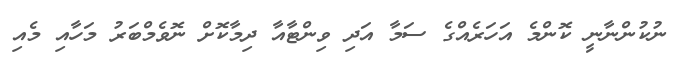
ނުކުންނާނީ ކޮންމެ އަހަރެއްގެ ސަމާ އަދި ވިންޓާއާ ދިމާކޮށް ނޮވެމްބަރު މަހާއި މެއި